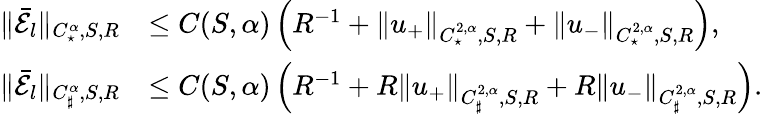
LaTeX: \begin{array}{rl}{\| \bar{\mathcal{E}_{l}}\| _{C_{\star}^{\alpha},S,R}}&{\leq C(S,\alpha)\left(R^{-1}+\| u_{+}\| _{C_{\star}^{2,\alpha},S,R}+\| u_{-}\| _{C_{\star}^{2,\alpha},S,R}\right),}\\ {\| \bar{\mathcal{E}_{l}}\| _{C_{\sharp}^{\alpha},S,R}}&{\leq C(S,\alpha)\left(R^{-1}+R\| u_{+}\| _{C_{\sharp}^{2,\alpha},S,R}+R\| u_{-}\| _{C_{\sharp}^{2,\alpha},S,R}\right).}\end{array}